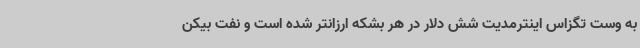
به وست تگزاس اینترمدیت شش دلار در هر بشکه ارزانتر شده است و نفت بیکن